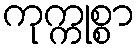
ကုက္ကုစ္စာ